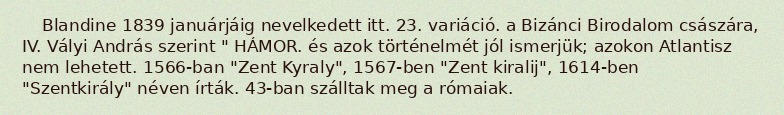
Blandine 1839 januárjáig nevelkedett itt. 23. variáció. a Bizánci Birodalom császára, IV. Vályi András szerint " HÁMOR. és azok történelmét jól ismerjük; azokon Atlantisz nem lehetett. 1566-ban "Zent Kyraly", 1567-ben "Zent kiralij", 1614-ben "Szentkirály" néven írták. 43-ban szálltak meg a rómaiak.